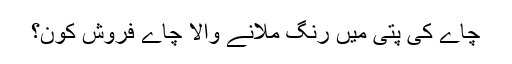
چاے کی پتی میں رنگ ملانے والا چاے فروش کون؟